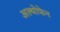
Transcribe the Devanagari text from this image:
अल्थोफेन